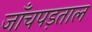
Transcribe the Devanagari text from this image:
जाँचपड़ताल